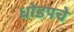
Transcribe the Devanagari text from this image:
धोडपचे